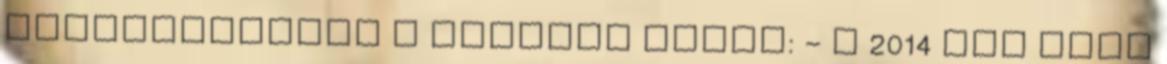
VERSENYKIÍRÁS A verseny célja: - a 2014 évi RKSZ